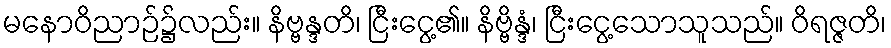
မနောဝိညာဉ်၌လည်း။ နိဗ္ဗန္ဒတိ၊ ငြီးငွေ့၏။ နိဗ္ဗိန္ဒံ၊ ငြီးငွေ့သောသူသည်။ ဝိရဇ္ဇတိ၊